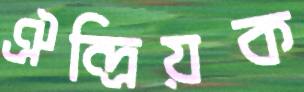
ঐন্দ্রিয়ক